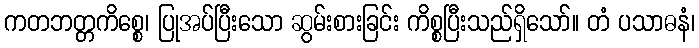
ကတဘတ္တကိစ္စေ၊ ပြုအပ်ပြီးသော ဆွမ်းစားခြင်း ကိစ္စပြီးသည်ရှိသော်။ တံ ပသာဓနံ၊